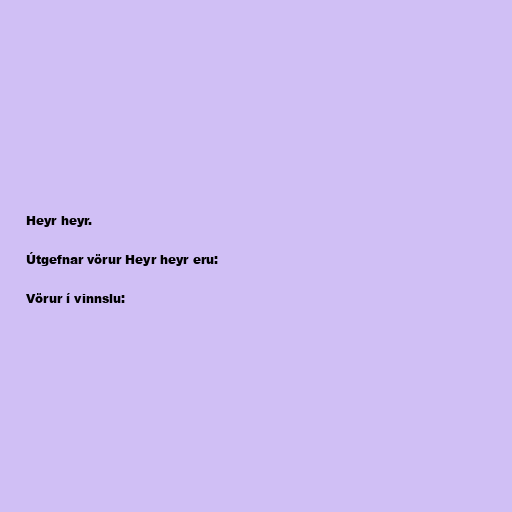
Heyr heyr.

Útgefnar vörur Heyr heyr eru:

Vörur í vinnslu: